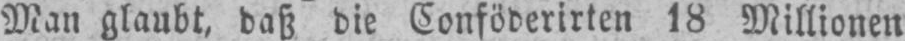
Man glaubt, daß die Conföderirten 18 Millionen